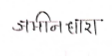
मजकूर: जमीनधारा